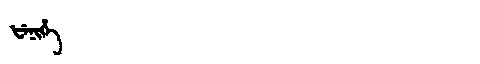
Manchu: ᡶᡝᠨᡳᡥᡝ
Romanization: FENIHE